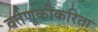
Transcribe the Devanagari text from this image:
वर्तणूकीकरिता